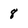
Character: 8